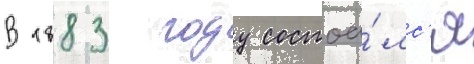
В 1883 году состоа́лс'я